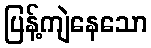
ပြန့်ကျဲနေသော